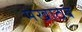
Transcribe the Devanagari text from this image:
मखाठब